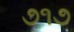
૭૧૭